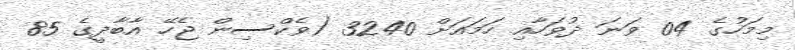
މިމަހުގެ 04 ވަނަ ދުވަހާއި ހަމައަށް 3240 (ވެކްސިން ޖެހޭ އާބާދީގެ 85